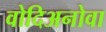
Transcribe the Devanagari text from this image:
वोदिअनोवा